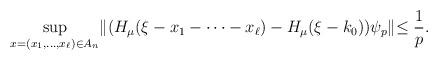
LaTeX: \begin{align*}\sup_{x=(x_1,\dots,x_\ell)\in A_n}\lVert (H_\mu(\xi-x_1-\dots-x_\ell)-H_\mu(\xi-k_0))\psi_p \lVert\leq \frac{1}{p}.\end{align*}